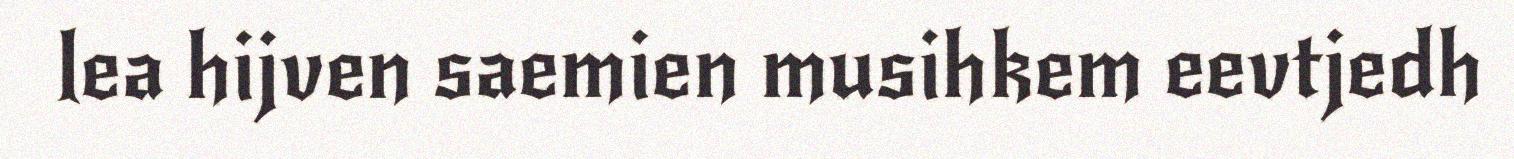
lea hijven saemien musihkem eevtjedh